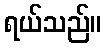
ရယ်သည်။